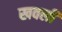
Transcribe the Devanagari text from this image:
खवली